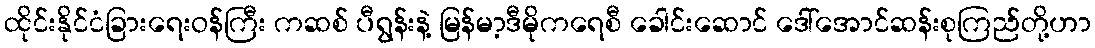
ထိုင်းနိုင်ငံခြားရေးဝန်ကြီး ကဆစ် ပီရွန်းနဲ့ မြန်မာ့ဒီမိုကရေစီ ခေါင်းဆောင် ဒေါ်အောင်ဆန်းစုကြည်တို့ဟာ